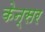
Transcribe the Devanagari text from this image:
केन्सर